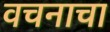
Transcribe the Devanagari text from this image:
वचनाचा